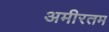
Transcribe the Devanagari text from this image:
अमीरतम